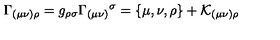
\Gamma _ { ( \mu \nu ) \rho } = g _ { \rho \sigma } \Gamma _ { ( \mu \nu ) } { } ^ { \sigma } = \{ \mu , \nu , \rho \} + \mathcal { K } _ { ( \mu \nu ) \rho }